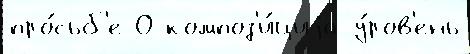
про́сьб'е О композ'и́циjа у́ров'ень